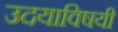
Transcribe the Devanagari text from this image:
उदयाविषयी